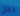
رجل